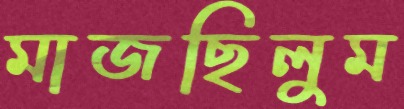
মাজছিলুম